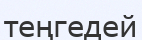
теңгедей